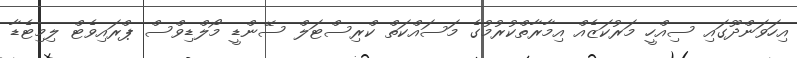
އިހަވަންދޫގައި ސިއްހީ މަރުކަޒެއް އިމާރާތްކުރުމުގެ މަސައްކަތް ކްރިސްޓަލް ސޭންޑީ މޯލްޑިވްސް ޕްރައިވެޓް ލިމިޓެޑާ